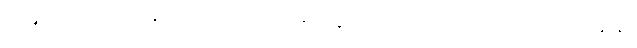
ဝဍ္ဎေသုံ၊ ပွားစေကုန်၏။ တေ၊ ထိုရဟန်းပုဏ္ဏားတို့သည်။ ဥပဓိံ၊ ဥပဓိကို။ ဝဍ္ဎေသုံ၊